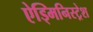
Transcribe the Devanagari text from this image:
ऐड्मिनिस्ट्रेश